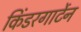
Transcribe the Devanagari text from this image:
किंडरगार्टेन